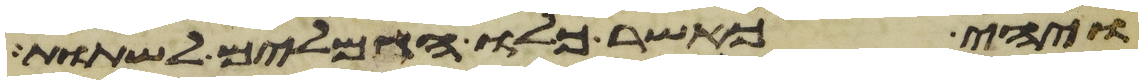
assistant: ויהי כאשר כלו הגמלים לשתות